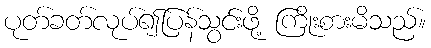
ပုတ်ခတ်လုပ်၍ပြန်သွင်းဖို့ ကြိုးစားမိသည်။